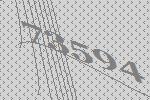
73594